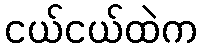
ငယ်ငယ်ထဲက